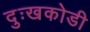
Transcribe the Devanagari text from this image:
दुःखकोडी